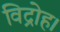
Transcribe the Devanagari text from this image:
विद्रोह।